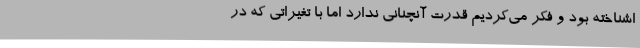
اشناخته بود و فکر می‌کردیم قدرت آنچنانی ندارد اما با تغیراتی که در